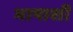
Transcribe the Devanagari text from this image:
भाषाशी